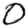
Digit: 0